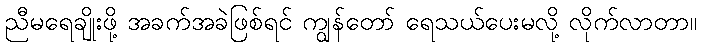
ညီမရေချိုးဖို့ အခက်အခဲဖြစ်ရင် ကျွန်တော် ရေသယ်ပေးမလို့ လိုက်လာတာ။